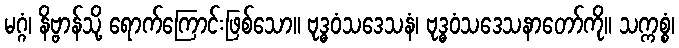
မဂ္ဂံ၊ နိဗ္ဗာန်သို့ ရောက်ကြောင်းဖြစ်သော။ ဗုဒ္ဓဝံသဒေသနံ၊ ဗုဒ္ဓဝံသဒေသနာတော်ကို။ သက္ကစ္စံ၊